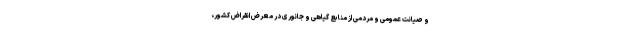
و صیانت عمومی و مردمی از منابع گیاهی و جانوری در معرض انقراض کشور،